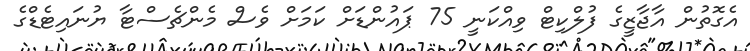
އެގޮތުން އާޖާޒީގެ ފުލްކިޓް ވިއްކަނީ 75 ޕައުންޑަށް ކަމަށް ވެސް މެންޗެސްޓާ ޔުނައިޓެޑްގެ